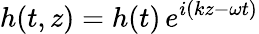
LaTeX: h(t,z)=h(t)\, e^{i(kz-\omega t)}